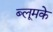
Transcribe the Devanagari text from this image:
ब्लूमके